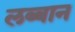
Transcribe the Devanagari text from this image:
लब्बान